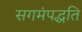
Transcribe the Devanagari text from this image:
सगमंपद्धति